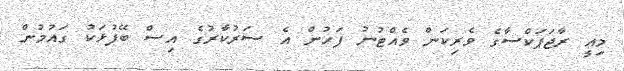
މިއީ ރާޖަޕަކްސާގެ ވެރިކަން ވެއްޓުނު ފަހުން އެ ސަރުކާރުގެ އިސް ބޭފުޅަކު ގައުމުން